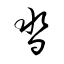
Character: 沓